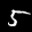
Label: 5